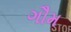
ગૌમ